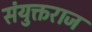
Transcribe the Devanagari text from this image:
संयुक्तराज